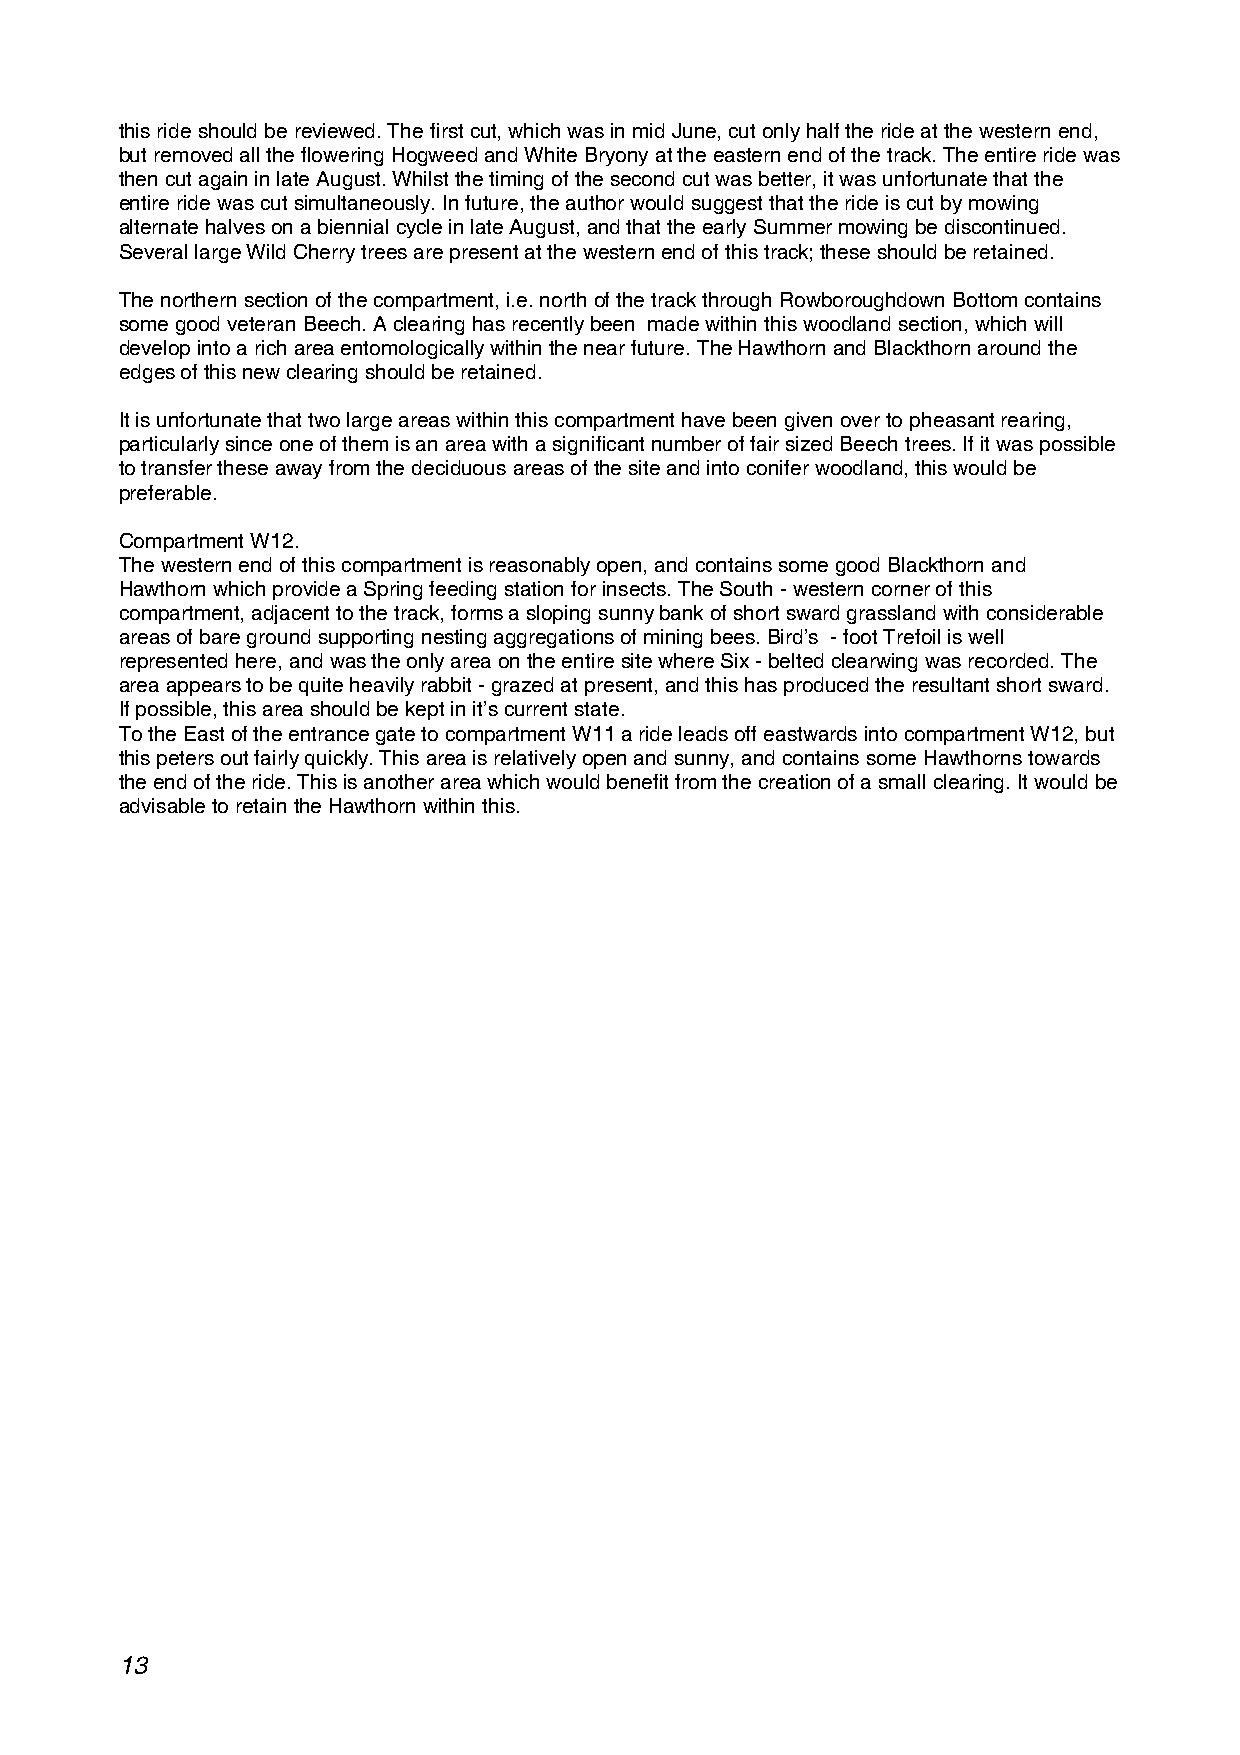
this ride should be reviewed. The first cut, which was in mid June, cut only half the ride at the western end,
 but removed all the flowering Hogweed and White Bryony at the eastern end of the track. The entire ride was
 then cut again in late August. Whilst the timing of the second cut was better, it was unfortunate that the
 entire ride was cut simultaneously. In future, the author would suggest that the ride is cut by mowing
 alternate halves on a biennial cycle in late August, and that the early Summer mowing be discontinued.
 Several large Wild Cherry trees are present at the western end of this track; these should be retained.
 The northern section of the compartment, i.e. north of the track through Rowboroughdown Bottom contains
 some good veteran Beech. A clearing has recently been made within this woodland section, which will
 develop into a rich area entomologically within the near future. The Hawthorn and Blackthorn around the
 edges of this new clearing should be retained.
 It is unfortunate that two large areas within this compartment have been given over to pheasant rearing,
 particularly since one of them is an area with a significant number of fair sized Beech trees. If it was possible
 to transfer these away from the deciduous areas of the site and into conifer woodland, this would be
 preferable.
 Compartment W12.
 The western end of this compartment is reasonably open, and contains some good Blackthorn and
 Hawthorn which provide a Spring feeding station for insects. The South - western corner of this
 compartment, adjacent to the track, forms a sloping sunny bank of short sward grassland with considerable
 areas of bare ground supporting nesting aggregations of mining bees. Bird’s - foot Trefoil is well
 represented here, and was the only area on the entire site where Six - belted clearwing was recorded. The
 area appears to be quite heavily rabbit - grazed at present, and this has produced the resultant short sward.
 If possible, this area should be kept in it’s current state.
 To the East of the entrance gate to compartment W11 a ride leads off eastwards into compartment W12, but
 this peters out fairly quickly. This area is relatively open and sunny, and contains some Hawthorns towards
 the end of the ride. This is another area which would benefit from the creation of a small clearing. It would be
 advisable to retain the Hawthorn within this.
 13